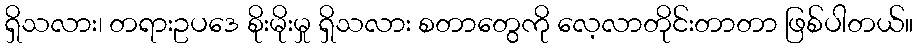
ရှိသလား၊ တရားဥပဒေ စိုးမိုးမှု ရှိသလား စတာတွေကို လေ့လာတိုင်းတာတာ ဖြစ်ပါတယ်။